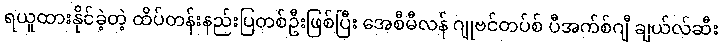
ရယူထားနိုင်ခဲ့တဲ့ ထိပ်တန်းနည်းပြတစ်ဦးဖြစ်ပြီး အေစီမီလန် ဂျုဗင်တပ်စ် ပီအက်စ်ဂျီ ချယ်လ်ဆီး